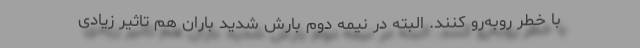
با خطر روبه‌رو کنند. البته در نیمه دوم بارش شدید باران هم تاثیر زیادی